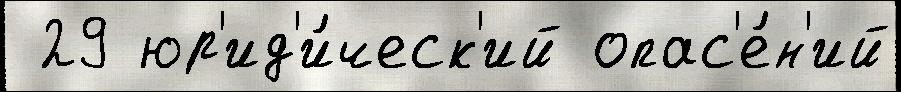
 29 юр'ид'и́ческ'ий опас'е́н'ий